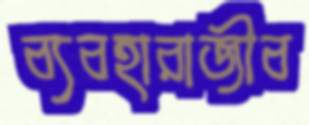
ব্যবহারাজীব